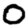
Digit: 0